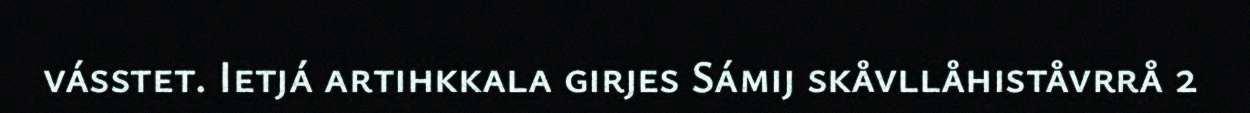
vásstet. Ietjá artihkkala girjes Sámij skåvllåhiståvrrå 2